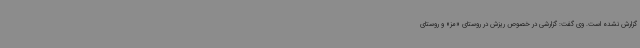
گزارش نشده است. وی گفت: گزارشی در خصوص ریزش در روستای «مز» و روستای